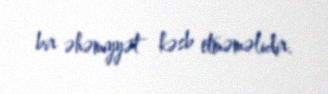
bir əhəmiyyət kəsb etməməlidir.